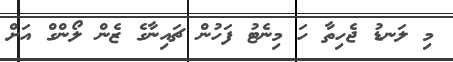
މި ލަނޑު ޖެހިތާ ހަ މިނެޓު ފަހުން ޗައިނާގެ ޒެން ލޯންގް އަށް